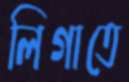
লিগাতে